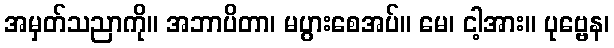
အမှတ်သညာကို။ အဘာပိတာ၊ မပွားစေအပ်။ မေ၊ ငါ့အား။ ပုဗ္ဗေန၊